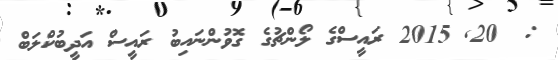
:  20